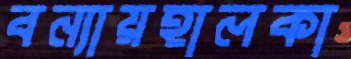
বন্যায়হালকা